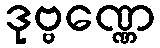
ဒုဗ္ဗဏ္ဏေ